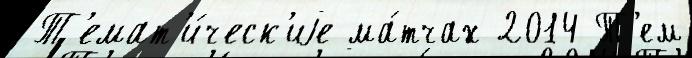
Т'емат'и́ческ'иjе ма́тчах 2014 Т'ем